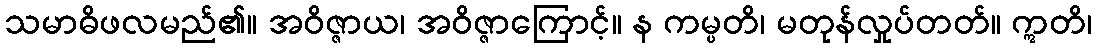
သမာဓိဖလမည်၏။ အဝိဇ္ဇာယ၊ အဝိဇ္ဇာကြောင့်။ န ကမ္ပတိ၊ မတုန်လှုပ်တတ်။ ဣတိ၊